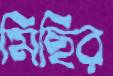
মিছির